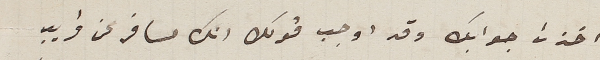
اخذت جوابك وقد اوجب قولك انك مسافر عن قريب